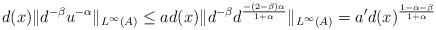
\begin{align*}d(x)\|d^{-\beta}u^{-\alpha}\|_{L^\infty(A)} \leq a d(x) \| d^{-\beta}d^{\frac{-(2-\beta)\alpha}{1+\alpha}}\|_{L^\infty(A)} = a' d(x)^{\frac{1-\alpha-\beta}{1+\alpha}}\end{align*}